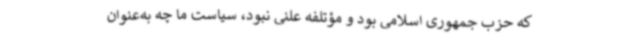
که حزب جمهوری اسلامی بود و مؤتلفه علنی نبود، سیاست ما چه به‌عنوان